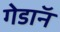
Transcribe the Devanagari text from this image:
गेडाॅन